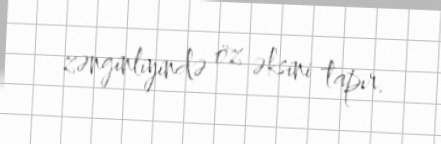
zənginliyində öz əksini tapır.